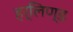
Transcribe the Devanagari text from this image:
हर्लिण्ड